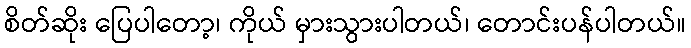
စိတ်ဆိုး ပြေပါတော့၊ ကိုယ် မှားသွားပါတယ်၊ တောင်းပန်ပါတယ်။